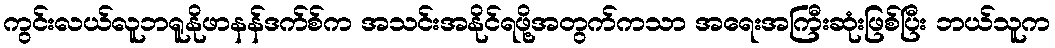
ကွင်းလယ်လူဘရူနိုဖာနန်ဒက်စ်က အသင်းအနိုင်ရဖို့အတွက်ကသာ အရေးအကြီးဆုံးဖြစ်ပြီး ဘယ်သူက